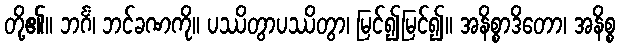
တို့၏။ ဘင်္ဂံ၊ ဘင်ခဏကို။ ပဿိတွာပဿိတွာ၊ မြင်၍မြင်၍။ အနိစ္စာဒိတော၊ အနိစ္စ